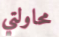
محاولتي